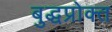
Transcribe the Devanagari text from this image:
बुद्धप्रोक्त